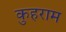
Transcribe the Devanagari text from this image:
कुहराम